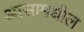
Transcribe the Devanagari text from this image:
आसामधील